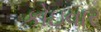
કોઇવાર